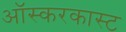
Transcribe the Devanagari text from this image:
ऑस्करकास्ट